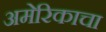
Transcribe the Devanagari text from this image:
अमेरिकाचा